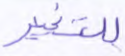
للتغيير